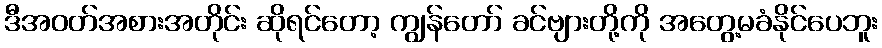
ဒီအဝတ်အစားအတိုင်း ဆိုရင်တော့ ကျွန်တော် ခင်ဗျားတို့ကို အတွေ့မခံနိုင်ပေဘူး